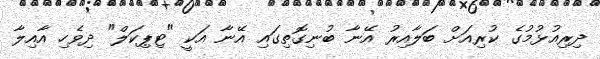
ދިރިއުޅުމުގެ ކުރިއަށް ބަލާއިރު އޭނާ ބުނިގޮތިގައި އޭނާ އަކީ "ޓިޕިކަލް" ދިވެހި އާއިލާ